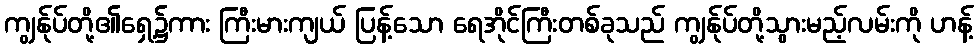
ကျွန်ုပ်တို့၏ရှေ့၌ကား ကြီးမားကျယ် ပြန့်သော ရေအိုင်ကြီးတစ်ခုသည် ကျွန်ုပ်တို့သွားမည့်လမ်းကို ဟန့်